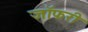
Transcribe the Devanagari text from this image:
जॉफरी